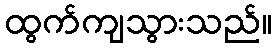
ထွက်ကျသွားသည်။